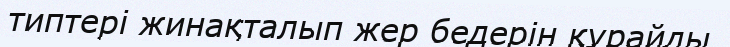
типтері жинақталып жер бедерін құрайды.